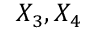
X _ { 3 } , X _ { 4 }